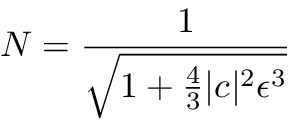
N = { \frac { 1 } { \sqrt { 1 + { \frac { 4 } { 3 } } | c | ^ { 2 } \epsilon ^ { 3 } } } }